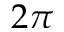
2 \pi